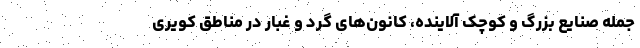
جمله صنایع بزرگ و کوچک آلاینده، کانون‌های گرد و غبار در مناطق کویری